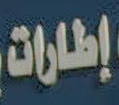
إطارات